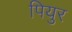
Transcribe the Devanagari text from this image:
पियुर